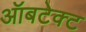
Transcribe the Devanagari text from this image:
ऑबटेक्ट